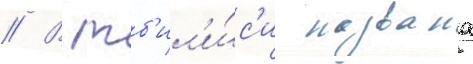
// В тб'ил'и́с'и названа